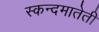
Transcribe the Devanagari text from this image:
स्कन्दमातेती